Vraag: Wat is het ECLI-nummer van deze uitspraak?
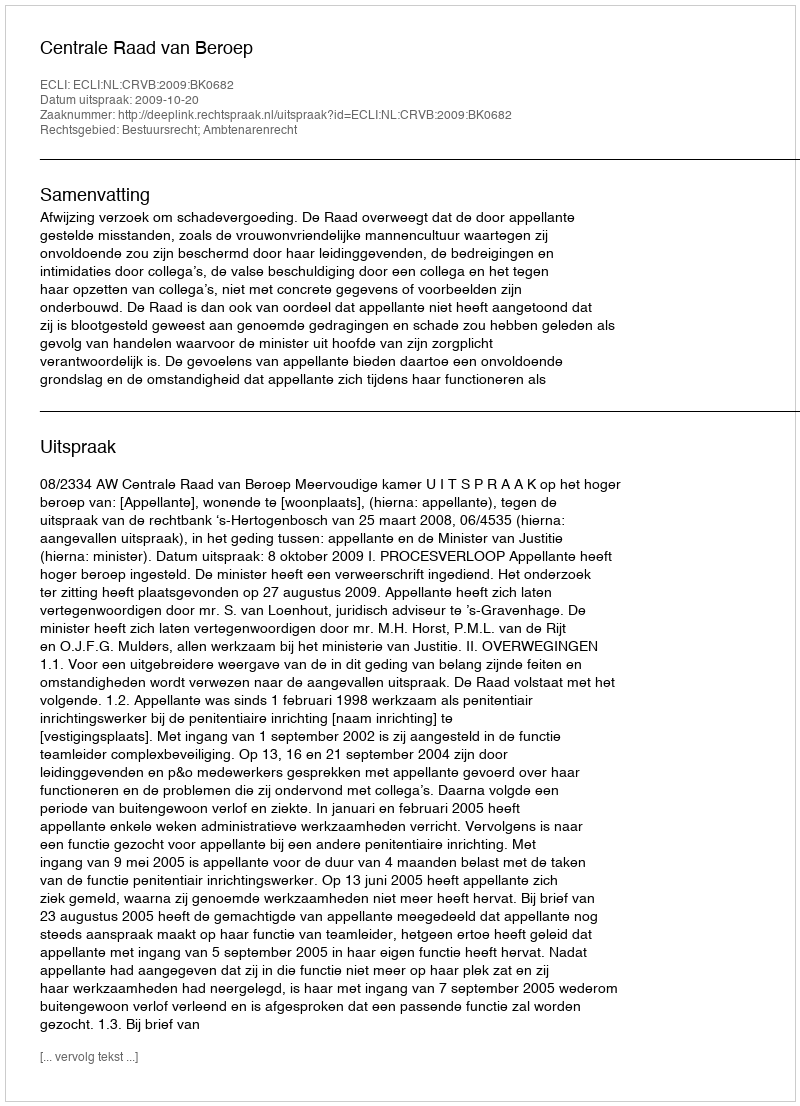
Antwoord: ECLI:NL:CRVB:2009:BK0682